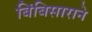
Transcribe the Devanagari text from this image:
बिंबिसाराने